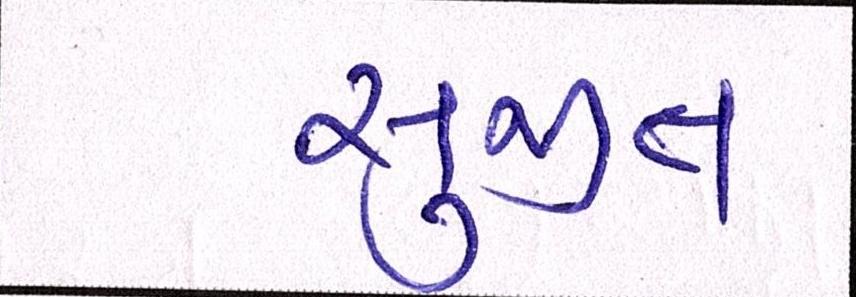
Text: સુજીત